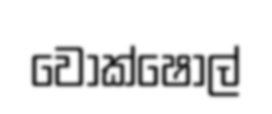
වොක්ෂොල්